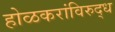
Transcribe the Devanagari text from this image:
होळकरांविरुद्ध